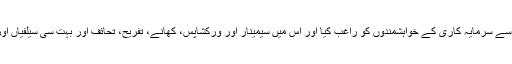
اس پروگرام نے ملک بھر سے سرمایہ کاری کے خواہشمندوں کو راغب کیا اور اس میں سیمینار اور ورکشاپس، کھانے، تفریح​​، تحائف اور بہت سی سیلفیاں اور نیٹ ورکنگ شامل تھے۔